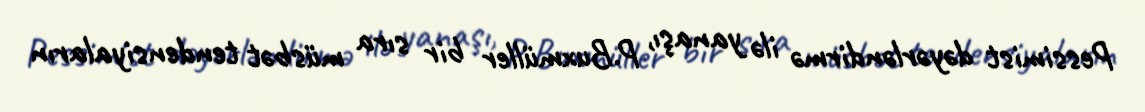
Pessimist dəyərləndirmə ilə yanaşı, P.Buxmüller bir sıra müsbət tendensiyaların